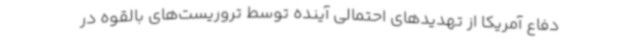
دفاع آمریکا از تهدیدهای احتمالی آینده توسط تروریست‌های بالقوه در